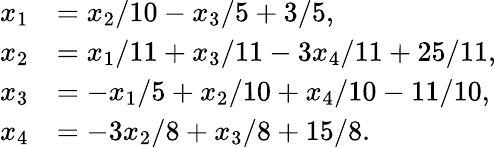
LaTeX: {\begin{array}{rl}{x_{1}}&{=x_{2}/10-x_{3}/5+3/5,}\\ {x_{2}}&{=x_{1}/11+x_{3}/11-3x_{4}/11+25/11,}\\ {x_{3}}&{=-x_{1}/5+x_{2}/10+x_{4}/10-11/10,}\\ {x_{4}}&{=-3x_{2}/8+x_{3}/8+15/8.}\end{array}}